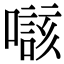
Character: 𡀲